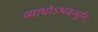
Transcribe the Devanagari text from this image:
व्याधोऽभवन्मुनिः